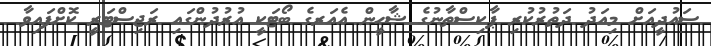
ސައުދީއަށް މިއަދު ދަތުރުކުރި ޕާކިސްތާނުގެ ޝާހީން އެއަރގެ ބޯޓަކީ އުރުދުންގައި ރަޖިސްޓަރީ ކޮށްފައިވާ